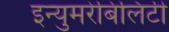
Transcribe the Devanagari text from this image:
इन्युमरेबिलिटी